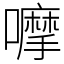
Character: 嚤